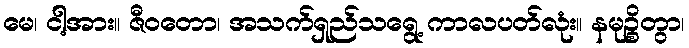
မေ၊ ငါ့အား။ ဇီဝတော၊ အသက်ရှည်သရွေ့ ကာလပတ်လုံး။ နမုဉ္စိတွာ၊